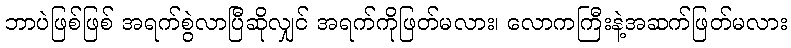
ဘာပဲဖြစ်ဖြစ် အရက်စွဲလာပြီဆိုလျှင် အရက်ကိုဖြတ်မလား၊ လောကကြီးနဲ့အဆက်ဖြတ်မလား